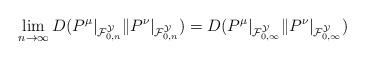
LaTeX: \begin{align*}& \lim_{n \to \infty}D(P^{\mu}|_{\mathcal{F}^{\mathcal{Y}}_{0,n}}\|P^{\nu}|_{\mathcal{F}^{\mathcal{Y}}_{0,n}}) =D(P^{\mu}|_{\mathcal{F}^{\mathcal{Y}}_{0,\infty}}\|P^{\nu}|_{\mathcal{F}^{\mathcal{Y}}_{0,\infty}})\end{align*}